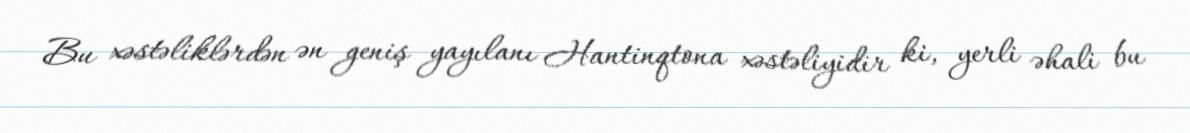
Bu xəstəliklərdən ən geniş yayılanı Hantinqtona xəstəliyidir ki, yerli əhali bu